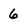
Character: 6